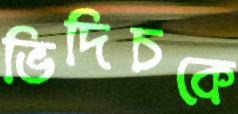
ভিদিচকে